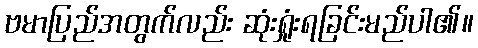
ဗမာပြည်အတွက်လည်း ဆုံးရှုံးရခြင်းမည်ပါ၏။